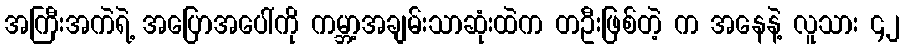
အကြီးအကဲရဲ့ အပြောအပေါ်ကို ကမ္ဘာ့အချမ်းသာဆုံးထဲက တဦးဖြစ်တဲ့ က အနေနဲ့ လူသား ၄၂